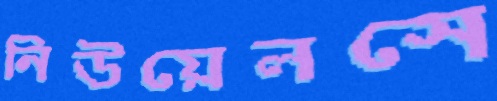
নিউয়েলসে